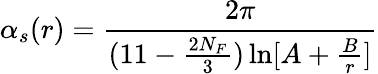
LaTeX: \alpha_{s}(r)=\frac{2\pi}{(11-\frac{2N_{F}}{3})\ln[A+\frac{B}{r}]}